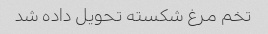
تخم مرغ شکسته تحویل داده شد